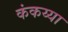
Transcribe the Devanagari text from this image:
कंकय्या